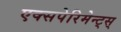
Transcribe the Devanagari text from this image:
एक्सपेरिमेन्ट्‌स्